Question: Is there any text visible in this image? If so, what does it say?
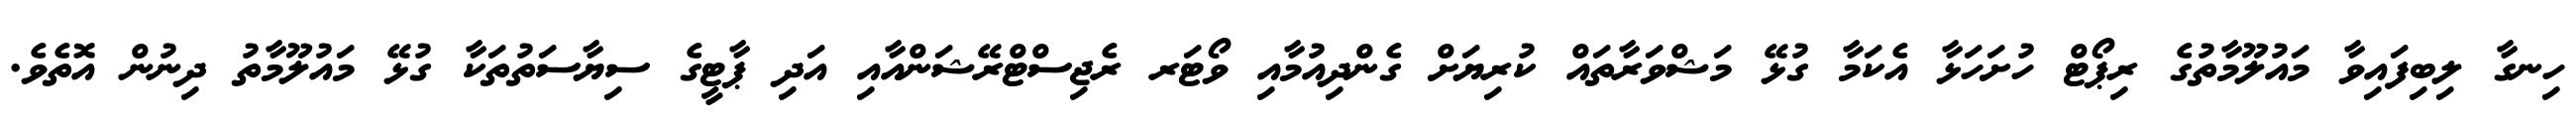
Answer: ހިނގާ ލިބިފައިވާ މައުލޫމާތުގެ ރިޕޯޓް ހުށަހަޅާ އެކަމާ ގުޅޭ މަޝްވަރާތައް ކުރިޔަށް ގެންދިއުމާއި ވޯޓަރ ރެޖިސްޓްރޭޝަންއާއި އަދި ޕާޓީގެ ސިޔާސަތުތަކާ ގުޅޭ މައުލޫމާތު ދިނުން އޮތެވެ.